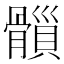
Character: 𩪇